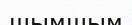
шымшым